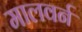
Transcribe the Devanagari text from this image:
मालवर्न